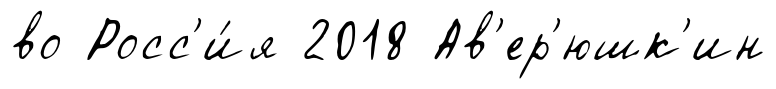
во Росс'и́я 2018 Ав'ер'юшк'ин